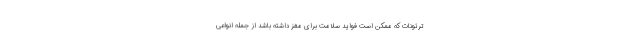
ترئونات که ممکن است فواید سلامت برای مغز داشته باشد از جمله انواعی